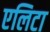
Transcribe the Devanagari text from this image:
एलिटा